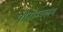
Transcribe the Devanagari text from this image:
पौनाम्बलम